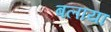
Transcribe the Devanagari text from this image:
बलाया